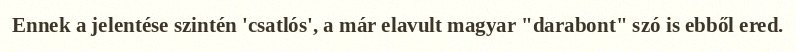
Ennek a jelentése szintén 'csatlós', a már elavult magyar "darabont" szó is ebből ered.